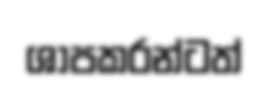
ශාපකරන්ටත්